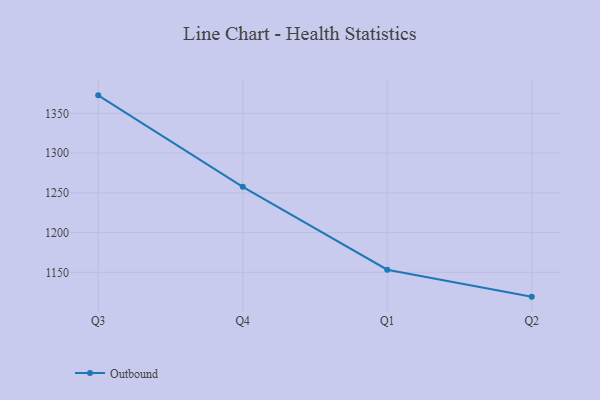
{"axis": {"x": "Quarter", "y": "Waste Production (Tons)"}, "legend": ["Outbound"], "data": [{"x": "Q3", "y": 1372.6, "type": "Outbound"}, {"x": "Q4", "y": 1257.6, "type": "Outbound"}, {"x": "Q1", "y": 1153.3, "type": "Outbound"}, {"x": "Q2", "y": 1119.4, "type": "Outbound"}]}